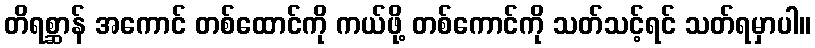
တိရစ္ဆာန် အကောင် တစ်ထောင်ကို ကယ်ဖို့ တစ်ကောင်ကို သတ်သင့်ရင် သတ်ရမှာပါ။